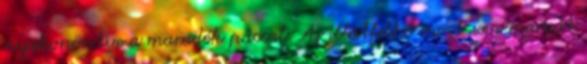
nyakonöntve a maradék páccal. Az illatfelhő most sem maradt